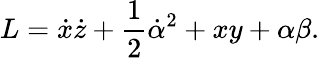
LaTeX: L=\dot{x}\dot{z}+\frac{1}{2}\dot{\alpha}^{2}+xy+\alpha\beta.